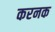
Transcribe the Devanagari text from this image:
करनक